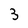
Character: 3